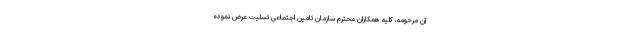
آن مرحومه، کلیه همکاران محترم سازمان تامین اجتماعی تسلیت عرض نموده